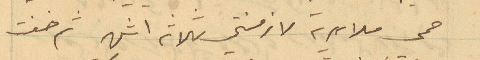
حمى ملايرية لازمتني ثلاثة اشهر ثم خفت